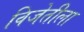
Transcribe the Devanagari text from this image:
विजेतीला